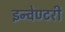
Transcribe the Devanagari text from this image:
इन्वेण्टरी